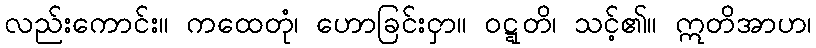
လည်းကောင်း။ ကထေတုံ၊ ဟောခြင်းငှာ။ ဝဋ္ဋတိ၊ သင့်၏။ ဣတိအာဟ၊